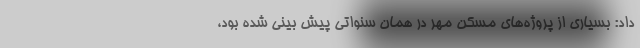
داد: بسیاری از پروژه‌های مسکن مهر در همان سنواتی پیش بینی شده بود،